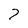
Character: 7